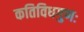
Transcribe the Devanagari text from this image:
कतिविधगुणः